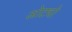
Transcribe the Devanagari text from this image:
ओट्यो